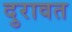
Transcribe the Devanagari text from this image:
दुरावत